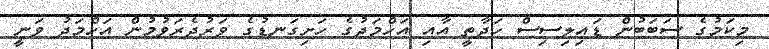
މިކަމުގެ ސަބަބުން ޑައިލިސިސް ހަދާތީ އާއި އަހްމަދުގެ ހަށިގަނޑުގެ ވަރުދެރަވުމުން އަހްމަދު ވަނީ